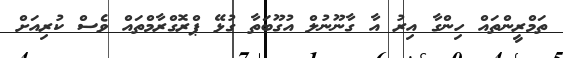
ތަމްރީންތައް ހިންގާ އިރު އާ ގާނޫނުލް އުގޫބަތާ ގުޅޭ ޕްރޮގްރާމްތައް ވެސް ކުރިއަށް